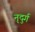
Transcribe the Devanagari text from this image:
नृदुर्ग